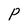
Character: P